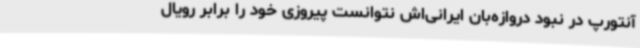
آنتورپ در نبود دروازه‌بان ایرانی‌اش نتوانست پیروزی خود را برابر رویال